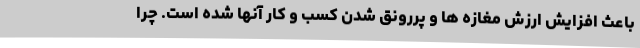
باعث افزایش ارزش مغازه ها و پررونق شدن کسب و کار آنها شده است. چرا